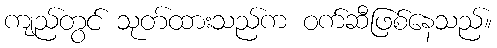
ကျည်တွင် သုတ်ထားသည်က ဝက်ဆီဖြစ်နေသည်။